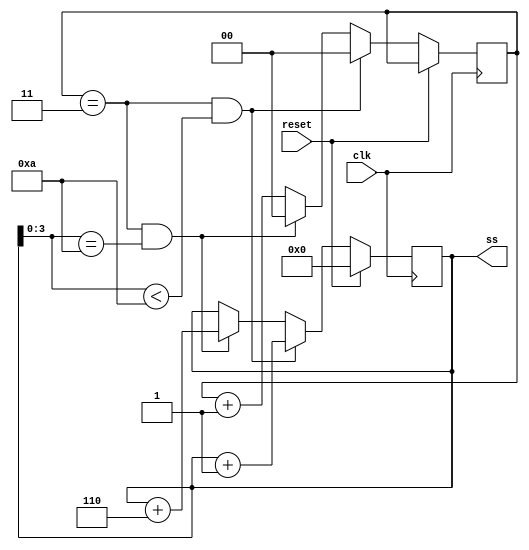
module top_module(
    input 			clk		,  //4Hz
    input 			reset	,
	output reg	[7:0]	ss
); 
	// Write your code here
    reg [1:0] cnt;
    initial begin
        cnt = 2'b00;
    end
    always @(posedge clk) begin
        if (reset) begin
            ss <= 8'h00;
        end else if(cnt == 3 && ss[3:0] < 4'd10) begin
            ss <= ss + 8'd1;
            cnt = 2'b00;
        end else if(cnt == 3 && ss[3:0] == 4'd10) begin
            ss <= ss + 8'd6; // BCD 
            cnt = 2'b00;
        end else begin
            cnt <= cnt + 1;
        end
    end
endmodule